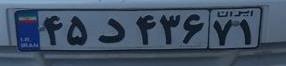
۴۵د۴۳۶۷۱